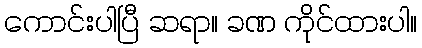
ကောင်းပါပြီ ဆရာ။ ခဏ ကိုင်ထားပါ။